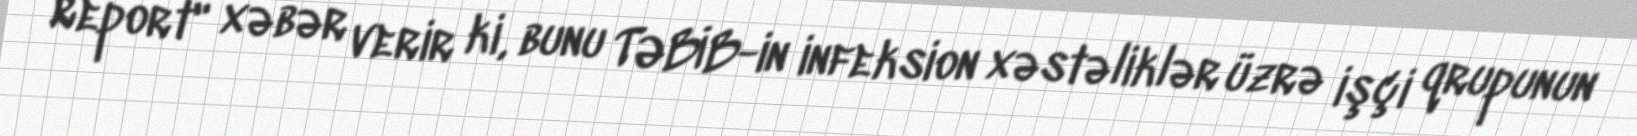
Report" xəbər verir ki, bunu TƏBİB-in infeksion xəstəliklər üzrə işçi qrupunun